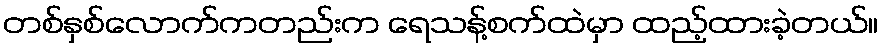
တစ်နှစ်လောက်ကတည်းက ရေသန့်စက်ထဲမှာ ထည့်ထားခဲ့တယ်။